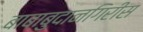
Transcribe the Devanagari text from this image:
बाबाबुदानगिरीस